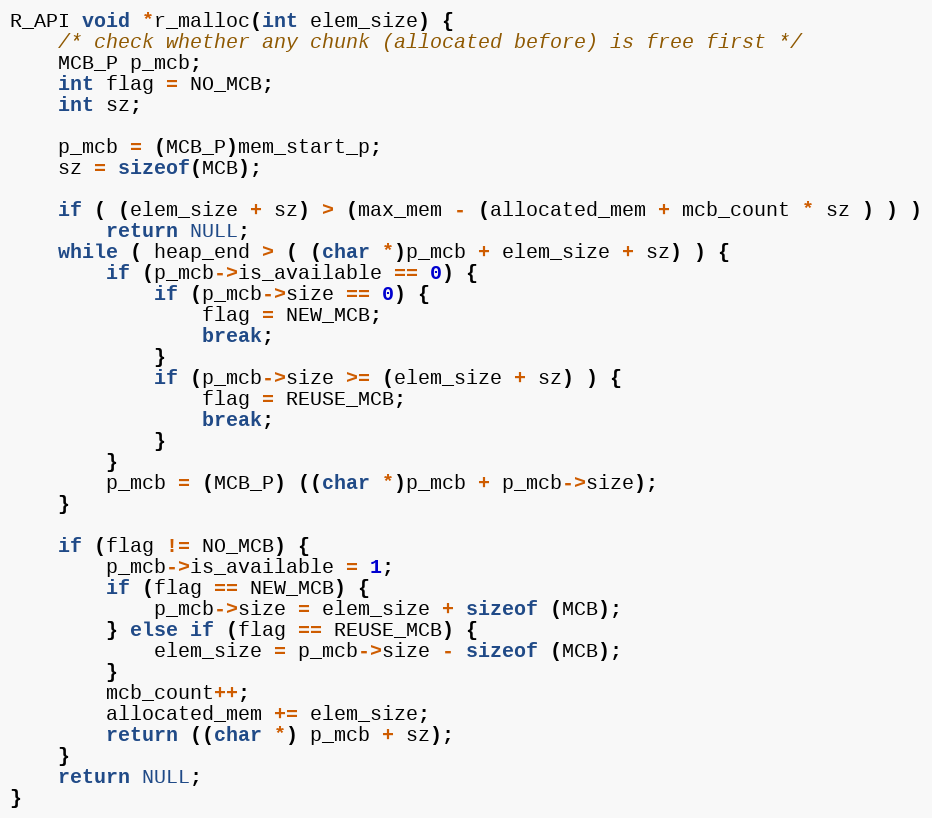
Language: C
R_API void *r_malloc(int elem_size) {
	/* check whether any chunk (allocated before) is free first */
	MCB_P p_mcb;
	int flag = NO_MCB;
	int sz;

	p_mcb = (MCB_P)mem_start_p;
	sz = sizeof(MCB);

	if ( (elem_size + sz) > (max_mem - (allocated_mem + mcb_count * sz ) ) )
		return NULL;
	while ( heap_end > ( (char *)p_mcb + elem_size + sz) ) {
		if (p_mcb->is_available == 0) {
			if (p_mcb->size == 0) {
				flag = NEW_MCB;
				break;
			}
			if (p_mcb->size >= (elem_size + sz) ) {
				flag = REUSE_MCB;
				break;
			}
		}
		p_mcb = (MCB_P) ((char *)p_mcb + p_mcb->size);
	}

	if (flag != NO_MCB) {
		p_mcb->is_available = 1;
		if (flag == NEW_MCB) {
			p_mcb->size = elem_size + sizeof (MCB);
		} else if (flag == REUSE_MCB) {
			elem_size = p_mcb->size - sizeof (MCB);
		}
		mcb_count++;
		allocated_mem += elem_size;
		return ((char *) p_mcb + sz);
	}
	return NULL;
}